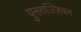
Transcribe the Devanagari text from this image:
पुनरुज्जिवन